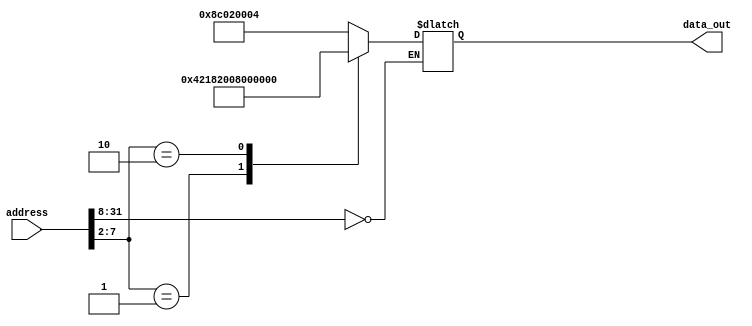
module rom32(address, data_out);
  input  [31:0] address;
  output [31:0] data_out;
  reg    [31:0] data_out;

  parameter BASE_ADDRESS = 25'd0; // address that applies to this memory

  wire [5:0] mem_offset;
  wire address_select;

  assign mem_offset = address[7:2];  // drop 2 LSBs to get word offset

  assign address_select = (address[31:8] == BASE_ADDRESS);  // address decoding

  always @(address_select or mem_offset)

  begin
    if ((address % 4) != 0) $display($time, " rom32 error: unaligned address %d", address);
    if (address_select == 1)
    begin
      case (mem_offset) 
          5'd0 : data_out = { 6'd35, 5'd0, 5'd2, 16'd4 };//lw $2, 4($0)    r2=1
          5'd1 : data_out = { 6'd0, 5'd2, 5'd2, 5'd3, 5'd0, 6'd32 };  //add $3, $2, $2
          5'd2 : data_out = { 6'd2, 26'd0 };    //J 0
       
          // add more cases here as desired
          default data_out = 32'hxxxx;
      endcase

      $display($time, " reading data: rom32[%h] => %h", address, data_out);

    end
  end 
endmodule